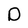
Character: D